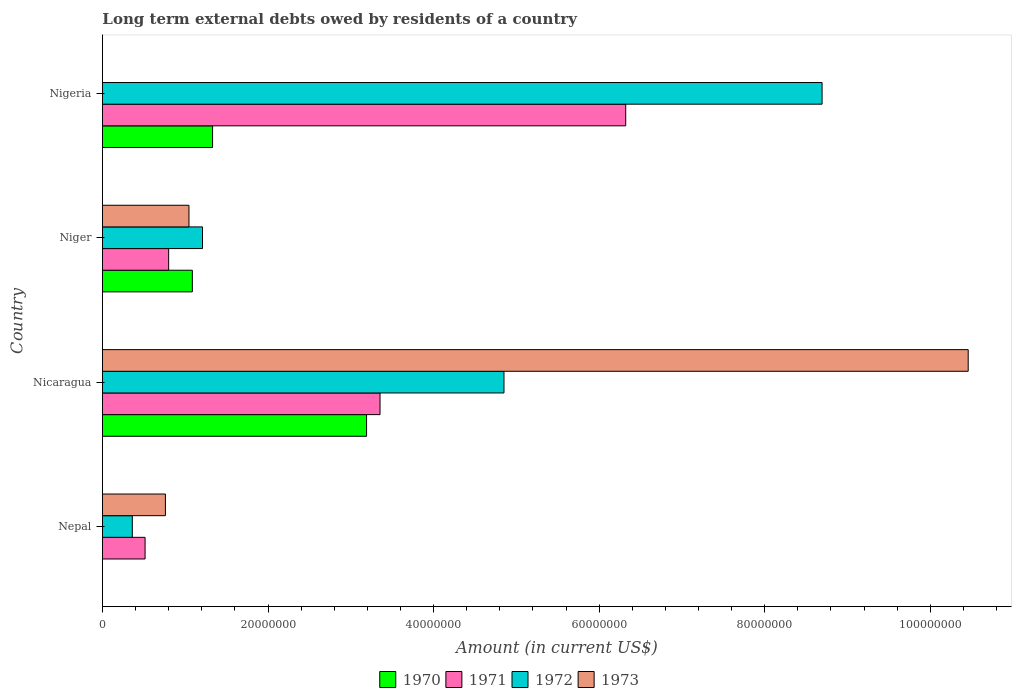
| Country | 1970 | 1971 | 1972 | 1973 |
 | --- | --- | --- | --- | --- |
 | Nepal | -1.94e+06 | 5.15e+06 | 3.60e+06 | 7.6e+06 |
 | Nicaragua | 3.19e+07 | 3.35e+07 | 4.85e+07 | 1.05e+08 |
 | Niger | 1.09e+07 | 8e+06 | 1.21e+07 | 1.04e+07 |
 | Nigeria | 1.33e+07 | 6.32e+07 | 8.69e+07 | -9.9e+07 |